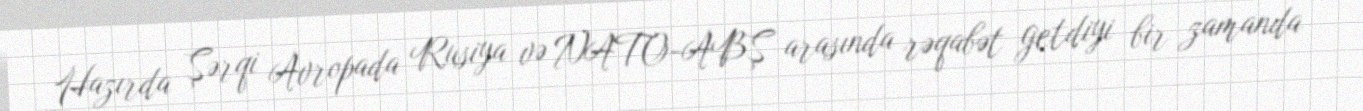
Hazırda Şərqi Avropada Rusiya və NATO-ABŞ arasında rəqabət getdiyi bir zamanda